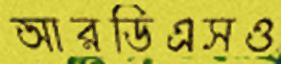
আরডিএসও